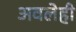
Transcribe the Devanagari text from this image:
अवलेही